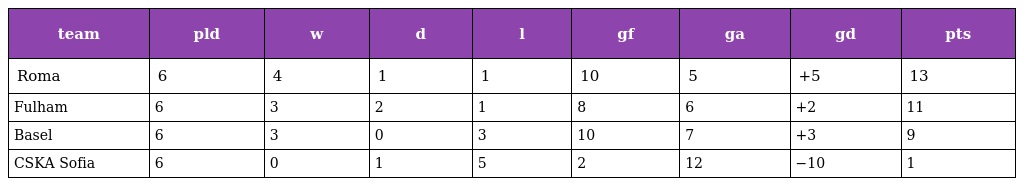
| team | pld | w | d | l | gf | ga | gd | pts |
 | --- | --- | --- | --- | --- | --- | --- | --- | --- |
 | Roma | 6 | 4 | 1 | 1 | 10 | 5 | +5 | 13 |
 | Fulham | 6 | 3 | 2 | 1 | 8 | 6 | +2 | 11 |
 | Basel | 6 | 3 | 0 | 3 | 10 | 7 | +3 | 9 |
 | CSKA Sofia | 6 | 0 | 1 | 5 | 2 | 12 | −10 | 1 |